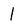
Character: 1